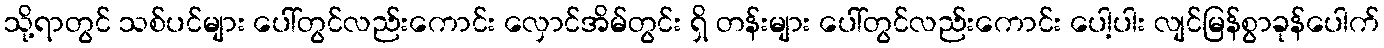
သို့ရာတွင် သစ်ပင်များ ပေါ်တွင်လည်းကောင်း လှောင်အိမ်တွင်း ရှိ တန်းများ ပေါ်တွင်လည်းကောင်း ပေါ့ပါး လျင်မြန်စွာခုန်ပေါက်